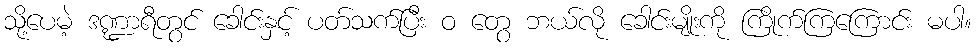
သို့ပေမဲ့ ဒဏ္ဍာရီတွင် ခေါင်းနှင့် ပတ်သက်ပြီး ဝ တွေ ဘယ်လို ခေါင်းမျိုးကို ကြိုက်ကြကြောင်း မပါ။